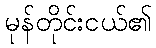
မုန်တိုင်းငယ်၏